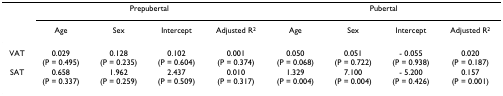
|  | <COLSPAN=4> Prepubertal | <COLSPAN=4> Pubertal |
 |  | Age | Sex | Intercept | Adjusted R2 | Age | Sex | Intercept | Adjusted R2 |
 | --- | --- | --- | --- | --- | --- | --- | --- | --- |
 | VAT | 0.029(P = 0.495) | 0.128(P = 0.235) | 0.102(P = 0.604) | 0.001(P = 0.374) | 0.050(P = 0.068) | 0.051(P = 0.722) | - 0.055(P = 0.938) | 0.020(P = 0.187) |
 | SAT | 0.658(P = 0.337) | 1.962(P = 0.259) | 2.437(P = 0.509) | 0.010(P = 0.317) | 1.329(P = 0.004) | 7.100(P = 0.004) | - 5.200(P = 0.426) | 0.157(P = 0.001) |